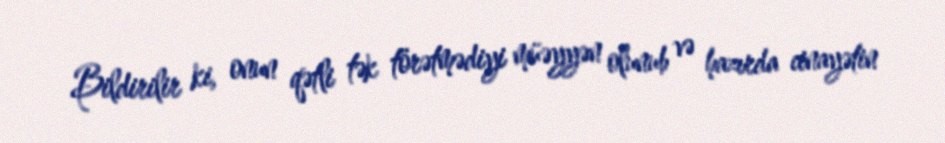
Bildirilir ki, onun qətli tək törətmədiyi müəyyən olunub və hazırda cinayətin